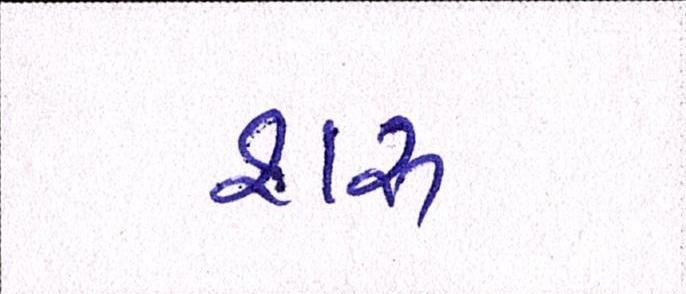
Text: શરૂ